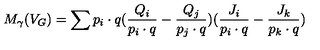
M _ { \gamma } ( V _ { G } ) = \sum p _ { i } \cdot q ( \frac { Q _ { i } } { p _ { i } \cdot q } - \frac { Q _ { j } } { p _ { j } \cdot q } ) ( \frac { J _ { i } } { p _ { i } \cdot q } - \frac { J _ { k } } { p _ { k } \cdot q } )